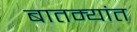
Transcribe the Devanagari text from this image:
बातम्‍यांत